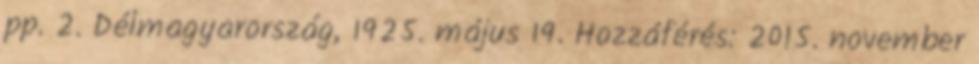
pp. 2. Délmagyarország, 1925. május 19. Hozzáférés: 2015. november